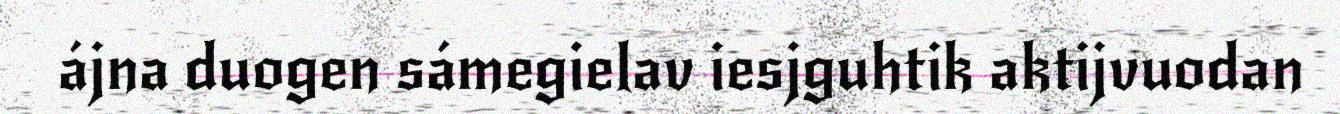
ájna duogen sámegielav iesjguhtik aktijvuodan